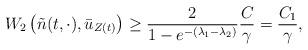
LaTeX: \begin{align*}W_2\left(\tilde n(t,\cdot),\bar u_{Z(t)}\right)\geq \frac 2 {1-e^{-(\lambda_1-\lambda_2)}}\frac {C}{\gamma}=\frac {C_1}\gamma,\end{align*}